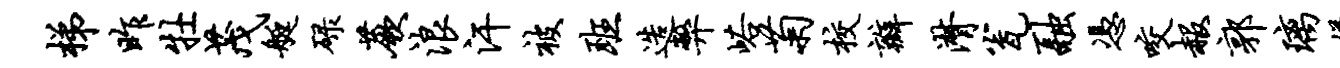
梯昨牡茂艇碌蕨浪汗被班造弊峪菊校瓣潸瓮融凭咬赧郭璃嫌